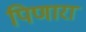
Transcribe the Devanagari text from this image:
पिणारा